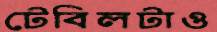
টেবিলটাও